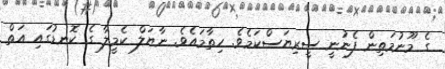
ގެ މޫނުމަތިން ފެނުނީ ސީރިޔަސްކަމެވެ. ހިތާމައެވެ. ނާޔަލް ކެމީލާ ގެ ކޮނޑުގައި އަތް